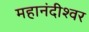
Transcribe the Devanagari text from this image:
महानंदीश्‍वर